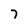
Character: 7